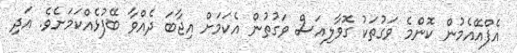
އެފްއޭއެމުން ކޮންމެ ވަގުތަކު ގޮވާލިއަސް ވަގުތުން އެކަމަށް އިޖާބަ ދެއްވާ ބޭފުޅެއްކަމަށެވެ. އަދި